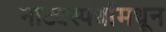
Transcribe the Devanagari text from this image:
नाट्यस्पर्धांमधून